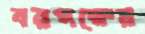
বরপক্ষের